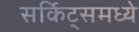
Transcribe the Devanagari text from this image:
सर्किट्समध्ये